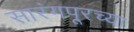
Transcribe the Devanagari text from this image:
सारंगपूरच्या